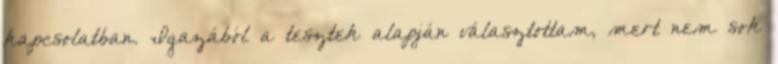
kapcsolatban. Igazából a tesztek alapján választottam, mert nem sok